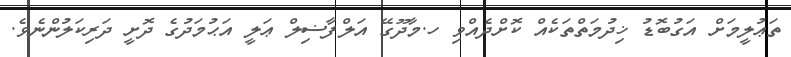
ތަޢުލީމަށް އަގުބޮޑު ޚިދުމަތްތަކެއް ކޮށްދެއްވި ހ.މާދޫގޭ އަލްފާޟިލް ޢަލީ އަޙުމަދުގެ ދޮށީ ދަރިކަލުންނެވެ.